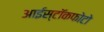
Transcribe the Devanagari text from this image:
आईस्टॉकफोटो